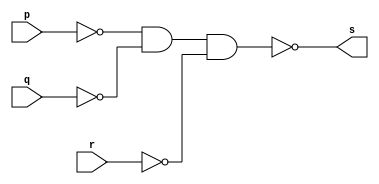
// Exemplo0010 - OR
// Nome: Tiago Moreira

// -- or gate (3 inputs)

module orgate (output s, input p, input q, input r);
	assign s = ~( (~p)&(~q)&(~r) ); //criar vinculo permanente (dependencia)
endmodule //orgate

// --test orgate

module testorgate;

// ---- dados locais

reg a,b,c; //definir registradores (variavel independente)

wire s; //definir conexao (fio) - (variavel dependente)

// ---- instancia

orgate OR2 (s,a,b,c);

// ---- preparacao

initial
	begin:start
	a = 0; b = 0; c = 0;
	end
	
// ---- parte principal

initial
	begin:main
	
	//execucao unitaria
	$display ("Exemplo0010 - Tiago Moreira - 438948");
	$display ("Test Or Gate - 3 inputs");
	$display ("\n\t\t time\ta|b|c = s");
	
	$monitor ("%d \t%b|%b|%b = %b",$time,a,b,c,s);
	
	// apos uma unidade de tempo mudar o valor do registrador
	#1	a = 0;	b = 0;	c = 1;
	#1	a = 0;	b = 1;	c = 0;
	#1	a = 0;	b = 1;	c = 1;
	#1	a = 1;	b = 0;	c = 0;
	#1	a = 1;	b = 0;	c = 1;
	#1	a = 1;	b = 1;	c = 0;
	#1	a = 1;	b = 1;	c = 1;
	
	end
endmodule //testorgate

// -- Documentacao complementar
// 
// 		Historico
// Nome					Data				Modificacao
// Exemplo0001			05/08/2011		Esboco Buffer
// Exemplo0002			05/08/2011		Esboco Porta not ( not gate )
// Exemplo0003			05/08/2011		Esboco Porta and ( and gate )
// Exemplo0004			05/08/2011		Esboco Porta or ( or gate )
// Exemplo0005			05/08/2011		Esboco Porta xor ( xor gate )
// Exemplo0006			05/08/2011		Esboco Porta nand ( nand gate )
// Exemplo0007			05/08/2011		Esboco Porta nor ( nor gate )
// Exemplo0008			05/08/2011		Esboco Porta xnor ( xnor gate )
// Exemplo0009			05/08/2011		Esboco Porta and ( and gate ) - 3 inputs
// Exemplo0010			05/08/2011		Esboco Porta or ( or gate ) - 3 inputs
//
//			Testes e Resultados
//
// Exemplo0001
//			time		a = s
//			0			0 = 0
//			1			1 = 1
//			2			0 = 0
//
//	Exemplo0002
//			time	~a = s
//			 1		~0 = 1
//			 2		~1 = 0
//
//	Exemplo0003
//			time	a&b = s
//			 1		0&0 = 0
//			 2		0&1 = 0
//			 3		1&0 = 0
//			 4		1&1 = 1
//
//	Exemplo0004
//			time	a|b = s
//			 1		0|0 = 0
//			 2		0|1 = 1
//			 3		1|0 = 1
//			 4		1|1 = 1
//
//	Exemplo0005
//			time	  a  ^	b  =  s
//			 0		0011 ^ 0101 = 0110
//        1		0000 ^ 0000 = 0000
//			 2		0010 ^ 0001 = 0011
//			 3		0001 ^ 0011 = 0010
//			 4		0101 ^ 0010 = 0111
//			 5		1010 ^ 0011 = 1001
//			 6		1001 ^ 0011 = 1010
//
//	Exemplo0006
//			time	~(a&b) = s
//			 1		~(0&0) = 1
//			 2		~(0&1) = 1
//			 3		~(1&0) = 1
//			 4		~(1&1) = 0
//
//	Exemplo0007
//			time	~(a|b) = s
//			 0		~(0|0) = 1
//			 1		~(0|1) = 0
//			 2		~(1|0) = 0
//			 3		~(1|1) = 0
//
//	Exemplo0008
//			time	~(a^b) = s
//			 0		~(0^0) = 1
//			 1		~(0^1) = 0
//			 2		~(1^0) = 0
//			 3		~(1^1) = 1
//
//	Exemplo0009
//			time	a&b&c = s
//			 0		0&0&0 = 0
//			 1		0&0&1 = 0
//			 2		0&1&0 = 0
//			 3		0&1&1 = 0
//			 4		1&0&0 = 0
//			 5		1&0&1 = 0
//			 6		1&1&0 = 0
//			 7		1&1&1 = 1
//
//	Exemplo0010
//			time	a|b|c = s
//			 0		0|0|0 = 0
//			 1		0|0|1 = 1
//			 2		0|1|0 = 1
//			 3		0|1|1 = 1
//			 4		1|0|0 = 1
//			 5		1|0|1 = 1
//			 6		1|1|0 = 1
//			 7		1|1|1 = 1